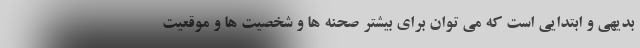
بدیهی و ابتدایی است که می توان برای بیشتر صحنه ها و شخصیت ها و موقعیت